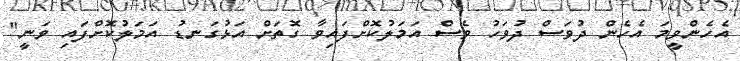
އެހެންވީމަ އެހެން ދުވަސް ދުވަހު ވެސް އަމަލުކޮށްފައިވާ ގޮތަށް އަޅުގަނޑު އަމަލުކޮށްފައި ވަނީ"